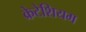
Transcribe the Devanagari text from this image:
क्रेटेशियम